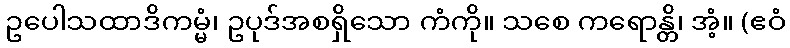
ဥပေါသထာဒိကမ္မံ၊ ဥပုဒ်အစရှိသော ကံကို။ သစေ ကရောန္တိ၊ အံ့။ (ဧဝံ